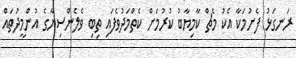
ރަނގަޅު ފެށުމަކާ އެކު މެޗް ކާމިޔާބު ކުރުމަށް ކެތްމަދުވެފައި ތިބި ވެލެންސިޔާގެ އުންމީދުތައް